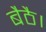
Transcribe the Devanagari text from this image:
बैठै।